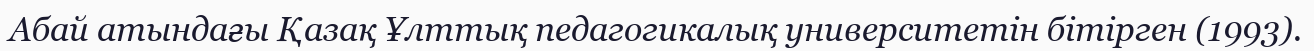
Абай атындағы Қазақ Ұлттық педагогикалық университетін бітірген (1993).